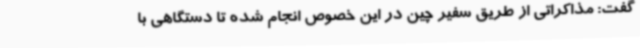
گفت: مذاکراتی از طریق سفیر چین در این خصوص انجام شده تا دستگاهی با